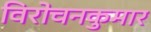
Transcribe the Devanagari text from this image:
विरोचनकुमार